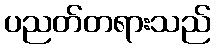
ပညတ်တရားသည်